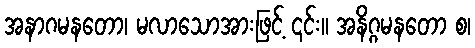
အနာဂမနတော၊ မလာသောအားဖြင့် ၎င်း။ အနိဂ္ဂမနတော စ၊